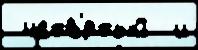
 четв'́ртый  и